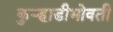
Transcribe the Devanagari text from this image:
कुर्‍हाडीभोवती